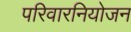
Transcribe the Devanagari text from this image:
परिवारनियोजन